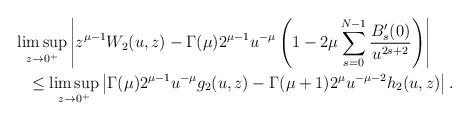
LaTeX: \begin{gather*} \limsup_{z\to0^+}\left|z^{\mu-1}W_2(u,z)-\Gamma(\mu)2^{\mu-1}u^{-\mu}\left(1-2\mu\sum_{s=0}^{N-1}\frac{B_s'(0)}{u^{2s+2}}\right)\right|\\\qquad{}\le\limsup_{z\to0^+} \left|\Gamma(\mu)2^{\mu-1}u^{-\mu}g_2(u,z)- \Gamma(\mu+1)2^\mu u^{-\mu-2}h_2(u,z)\right| .\end{gather*}